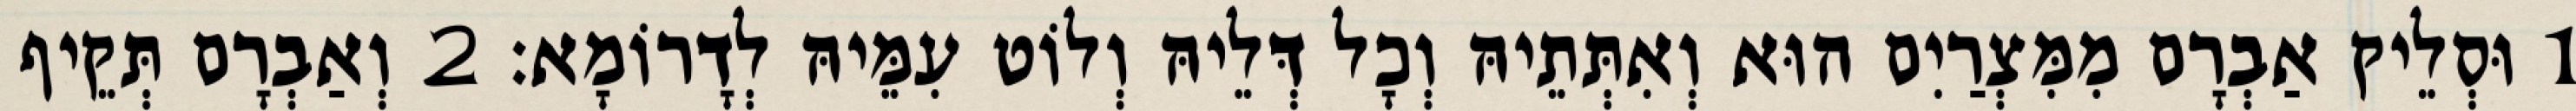
1 וּסְלֵיק אַבְרָם מִמִּצְרַיִם הוּא וְאִתְּתֵיהּ וְכָל דְּלֵיהּ וְלוֹט עִמֵּיהּ לְדָרוֹמָא׃ 2 וְאַבְרָם תְּקֵיף